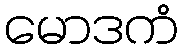
မောဒကံ